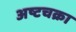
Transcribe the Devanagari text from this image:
अष्टचक्रा